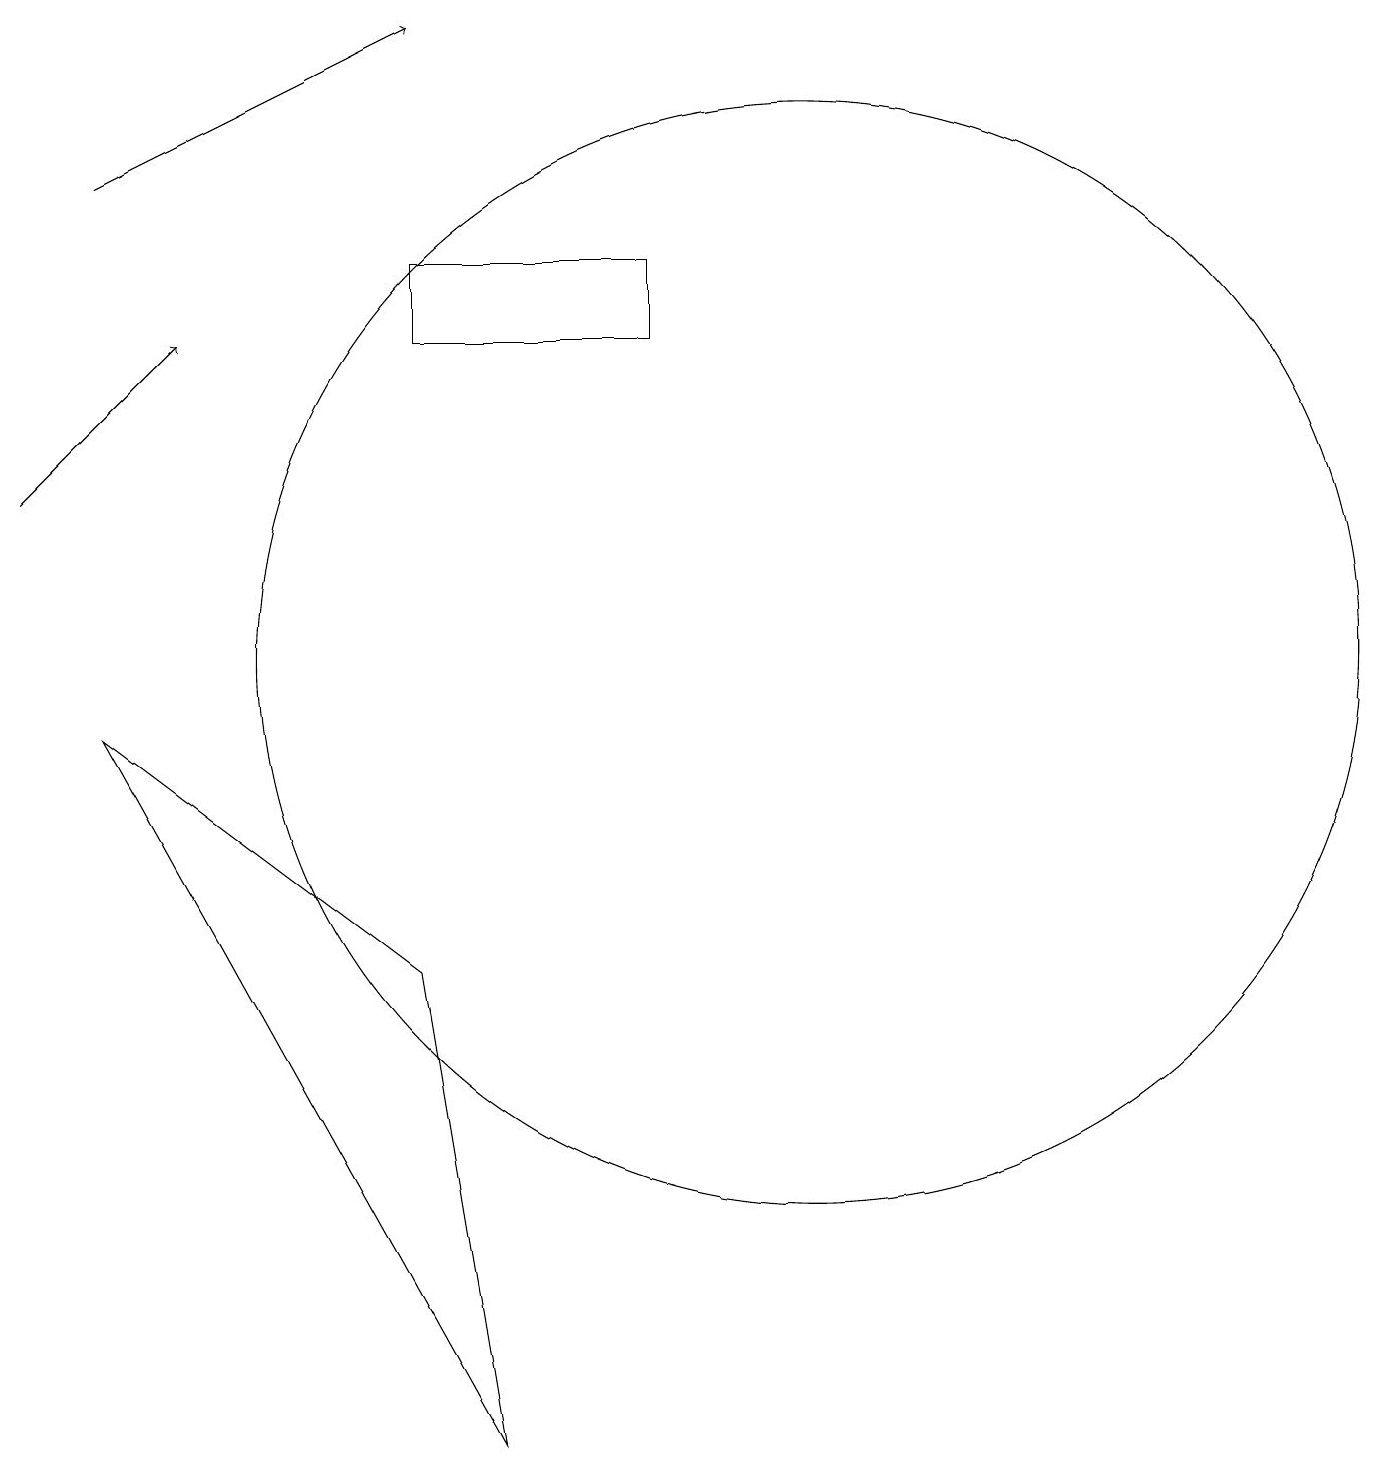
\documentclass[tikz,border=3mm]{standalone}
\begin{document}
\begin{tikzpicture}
\draw (6,15) rectangle (9,14);
\draw (2,9) -- (6,6) -- (7,0) -- cycle;
\draw[->] (1,12) -- (3,14);
\draw[->] (2,16) -- (6,18);
\draw (11,10) circle (7);
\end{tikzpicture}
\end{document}